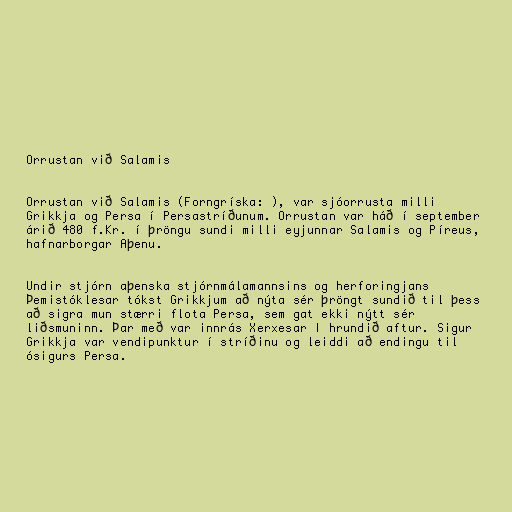
Orrustan við Salamis

Orrustan við Salamis (Forngríska: ), var sjóorrusta milli
Grikkja og Persa í Persastríðunum. Orrustan var háð í september
árið 480 f.Kr. í þröngu sundi milli eyjunnar Salamis og Píreus,
hafnarborgar Aþenu.

Undir stjórn aþenska stjórnmálamannsins og herforingjans
Þemistóklesar tókst Grikkjum að nýta sér þröngt sundið til þess
að sigra mun stærri flota Persa, sem gat ekki nýtt sér
liðsmuninn. Þar með var innrás Xerxesar I hrundið aftur. Sigur
Grikkja var vendipunktur í stríðinu og leiddi að endingu til
ósigurs Persa.